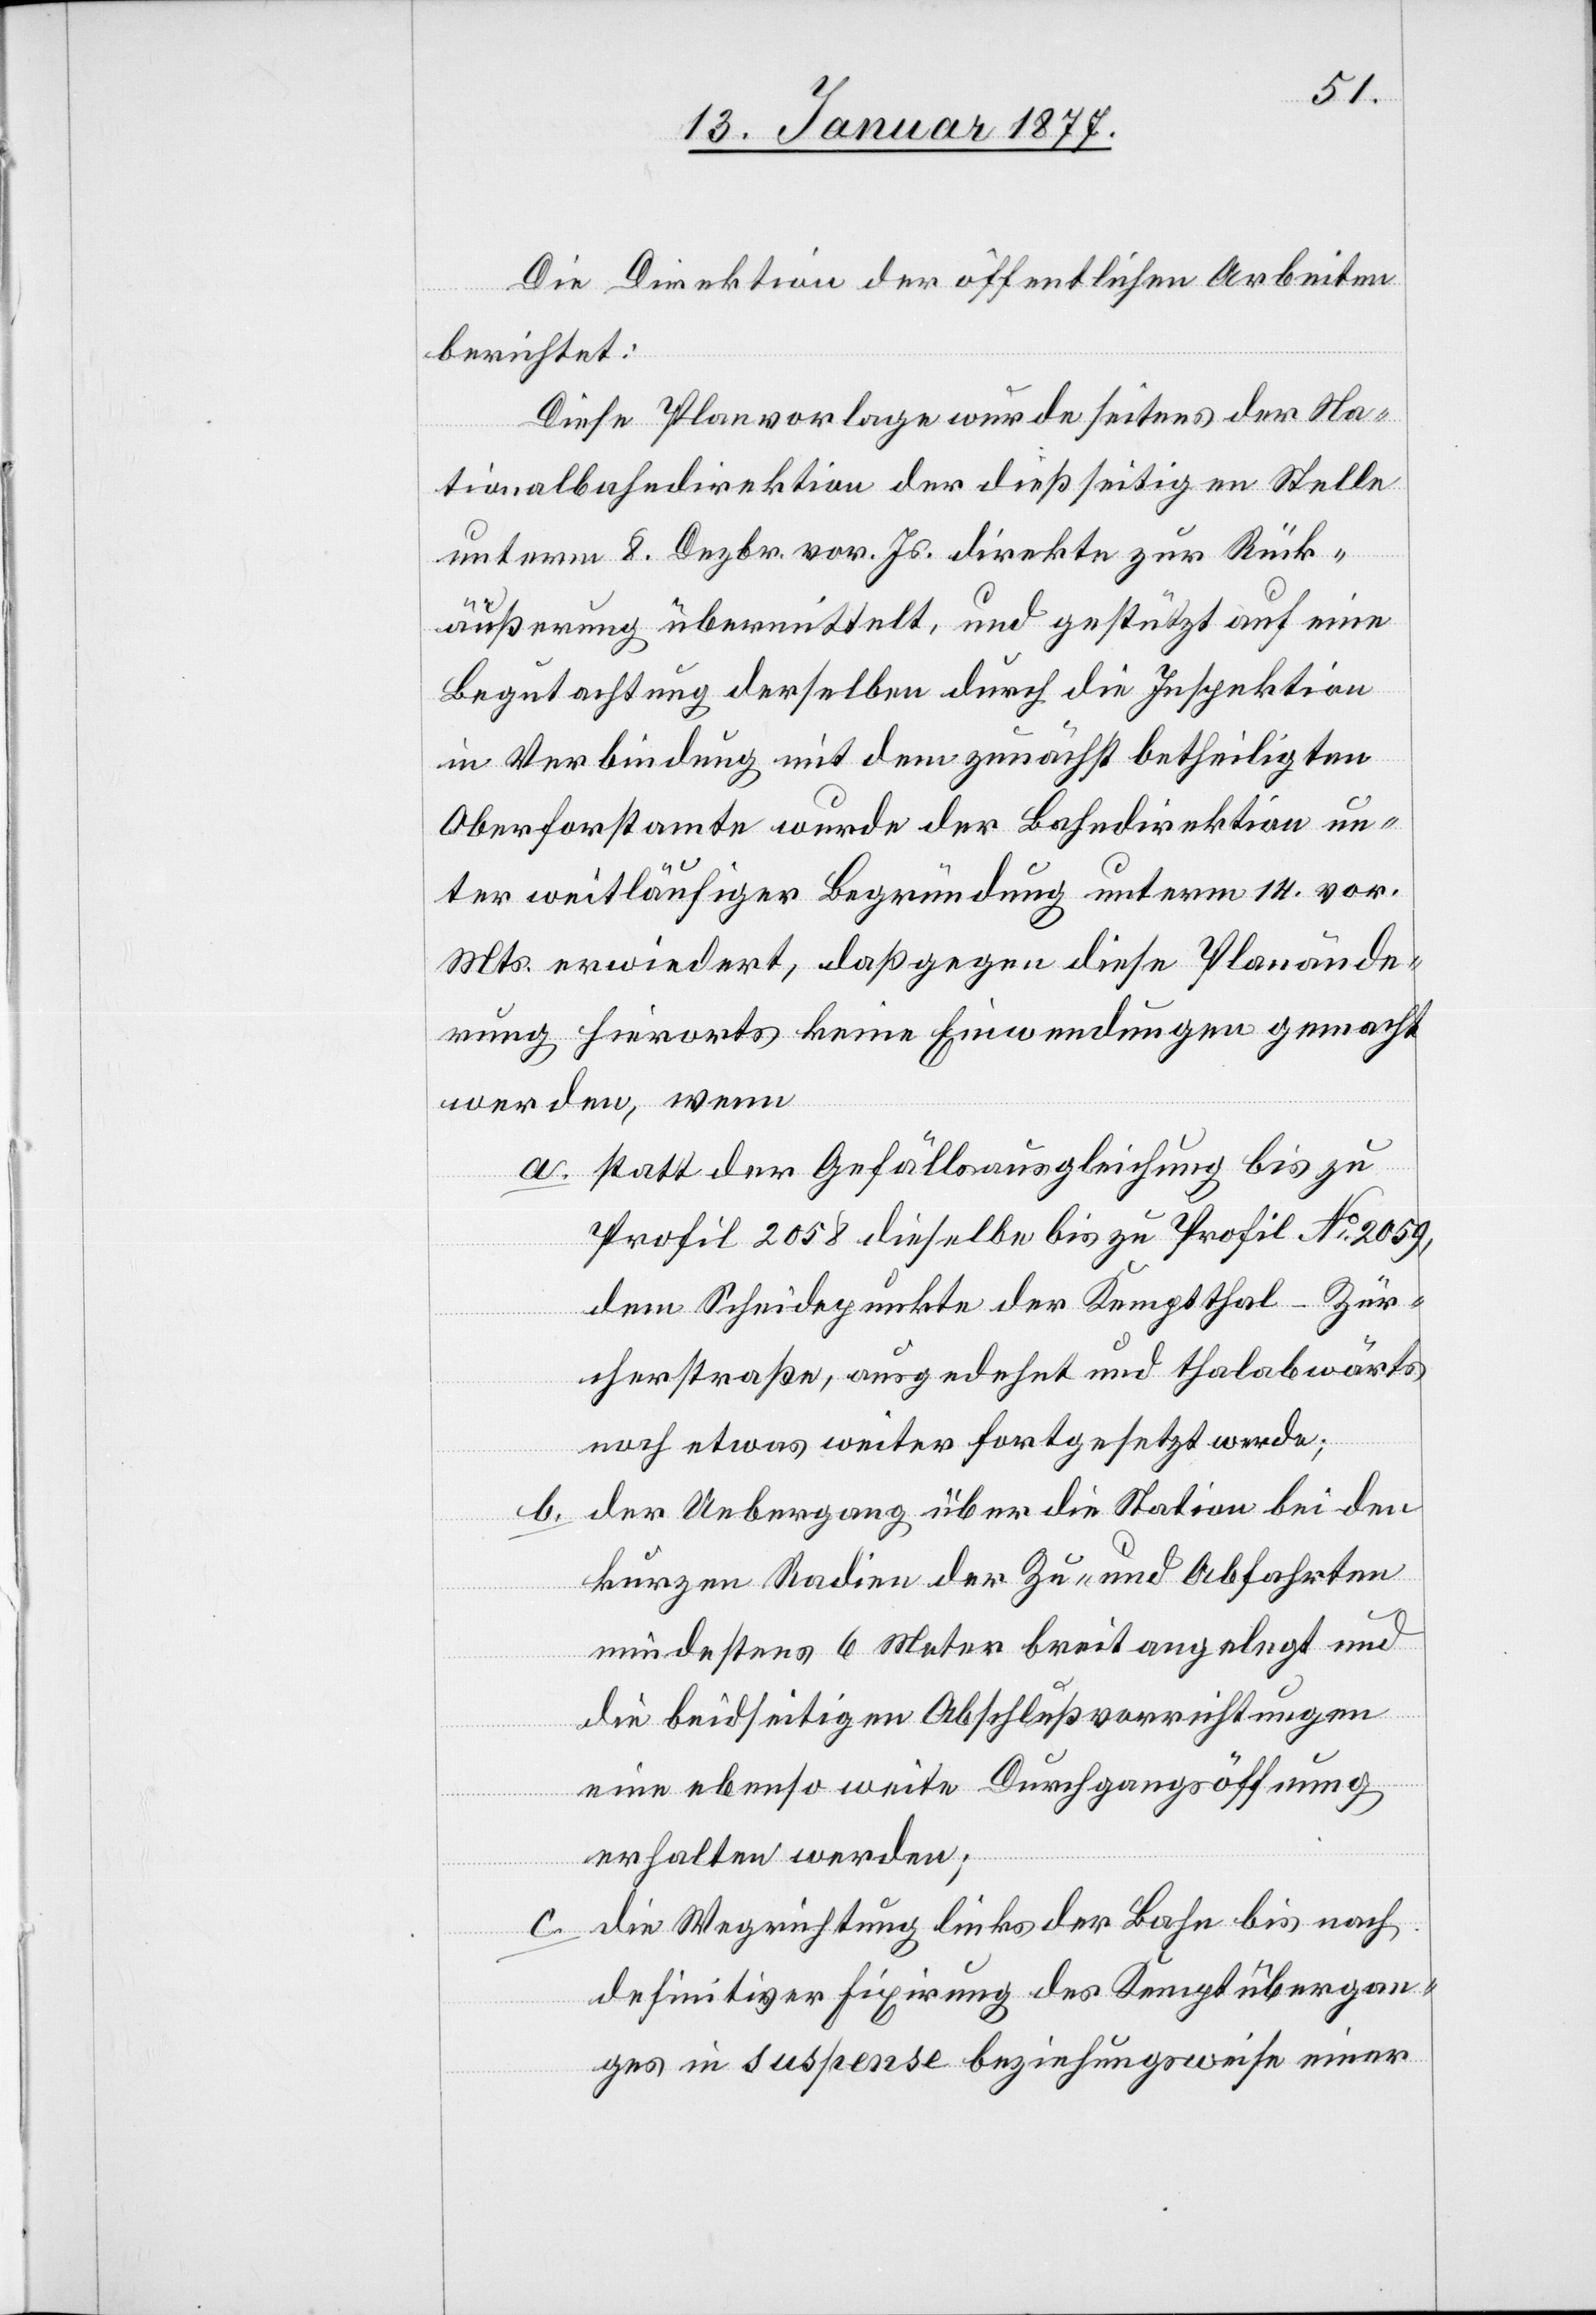
Die Direktion der öffentlichen Arbeiten
berichtet:
Diese Planvorlage wurde seitens der Na¬
tionalbahndirektion der dießseitigen Stelle
unterm 8. Dezbr. vor. Js. direkte zur Rück¬
äußerung übermittelt, und gestützt auf eine
Begutachtung derselben durch die Inspektion
in Verbindung mit dem zunächst betheiligten
Oberforstamte wurde der Bahndirektion un¬
ter weitläufiger Begründung unterm 14. vor.
Mts. erwiedert, daß gegen diese Planände¬
rung hierorts keine Einwendungen gemacht
werden, wenn
a. statt der Gefällsausgleichung bis zu
Profil 2058 dieselbe bis zu Profil No 2059,
dem Scheidepunkte der Kemptthal–Zür¬
cherstraße, ausgedehnt und thalabwärts
noch etwas weiter fortgesetzt werde;
der Uebergang über die Station bei den
b.
kurzen Radien der Zu- und Abfahrten
mindestens 6 Meter breit angelegt und
die beidseitigen Abschlußvorrichtungen
eine ebenso weite Durchgangsöffnung
erhalten werden;
c. die Wegrichtung links der Bahn bis nach
definitiver Fixirung des Kemptübergan¬
ges in suspense beziehungsweise einer